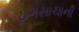
ઠગસાચાની